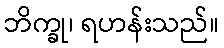
ဘိက္ခု၊ ရဟန်းသည်။